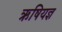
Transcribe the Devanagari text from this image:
ऋषियज्ञ